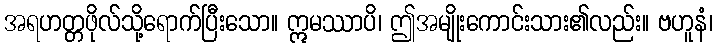
အရဟတ္တဖိုလ်သို့ရောက်ပြီးသော။ ဣမဿာပိ၊ ဤအမျိုးကောင်းသား၏လည်း။ ဗဟူနံ၊